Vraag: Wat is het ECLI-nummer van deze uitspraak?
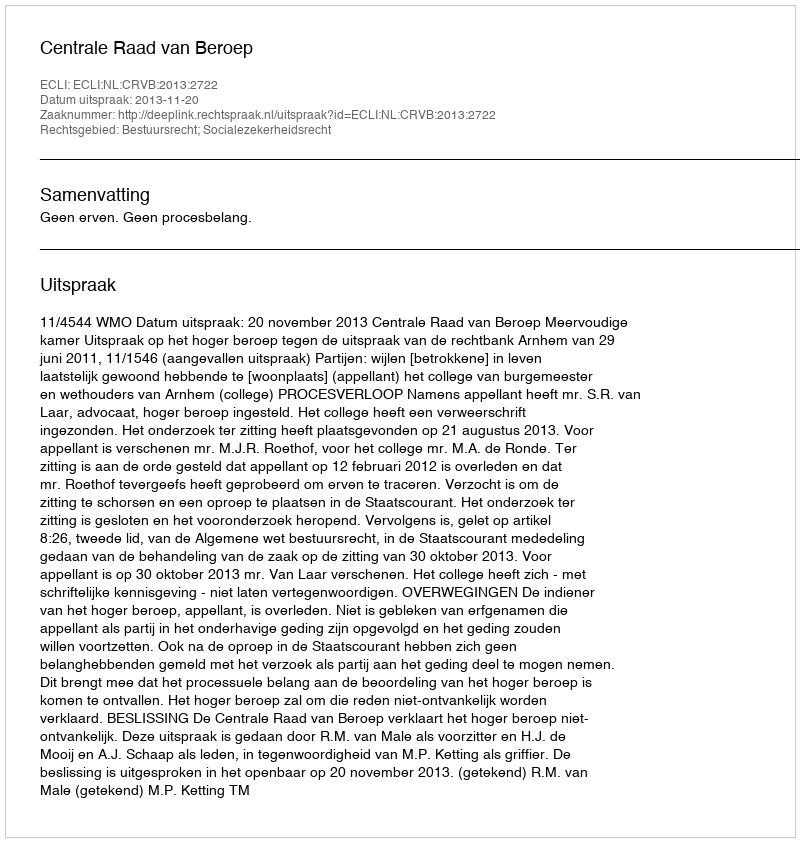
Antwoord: ECLI:NL:CRVB:2013:2722